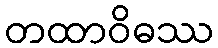
တထာဝိဓဿ